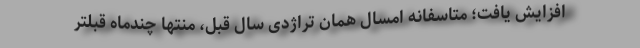
افزایش یافت؛ متاسفانه امسال همان تراژدی سال قبل، منتها چندماه قبلتر